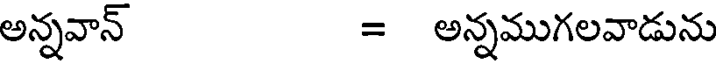
అన్నవాన్ = అన్నముగలవాడును